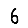
Digit: 6